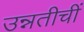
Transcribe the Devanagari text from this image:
उन्नतीचीं